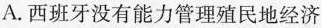
A.西班牙没有能力管理殖民地经济